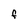
Character: F